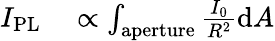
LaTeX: \begin{array}{rl}{I_{\mathrm{PL}}}&{{}\propto\int_{\mathrm{aperture}}\frac{I_{0}}{R^{2}}\mathrm{d}A}\end{array}